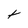
Character: t